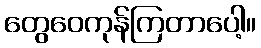
တွေဝေကုန်ကြတာပေါ့။